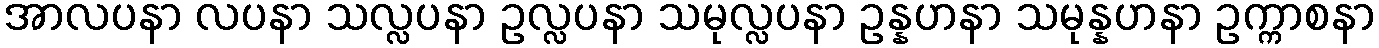
အာလပနာ လပနာ သလ္လပနာ ဥလ္လပနာ သမုလ္လပနာ ဥန္နဟနာ သမုန္နဟနာ ဥက္ကာစနာ